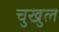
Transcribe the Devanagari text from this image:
चुखुल